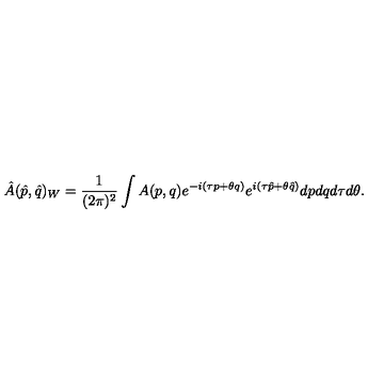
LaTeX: \hat { A } ( \hat { p } , \hat { q } ) _ { W } = \frac { 1 } { ( 2 \pi ) ^ { 2 } } \int A ( p , q ) e ^ { - i ( \tau p + \theta q ) } e ^ { i ( \tau \hat { p } + \theta \hat { q } ) } d p d q d \tau d \theta .